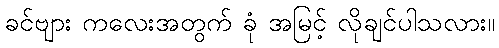
ခင်ဗျား ကလေးအတွက် ခုံ အမြင့် လိုချင်ပါသလား။